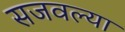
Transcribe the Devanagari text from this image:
सजवल्या